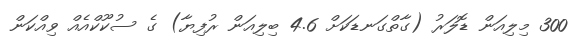
300 މިލިއަން ޑޮލަރު (ގާތްގަނޑަކަށް 4.6 ބިލިއަން ރުފިޔާ) ގެ ސުކޫކްއެއް ވިއްކަން